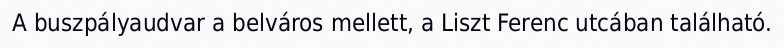
A buszpályaudvar a belváros mellett, a Liszt Ferenc utcában található.